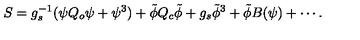
S = g _ { s } ^ { - 1 } ( \psi Q _ { o } \psi + \psi ^ { 3 } ) + \tilde { \phi } Q _ { c } \tilde { \phi } + g _ { s } \tilde { \phi } ^ { 3 } + \tilde { \phi } B ( \psi ) + \cdots .